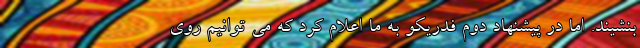
بنشیند. اما در پیشنهاد دوم فدریکو به ما اعلام کرد که می توانیم روی